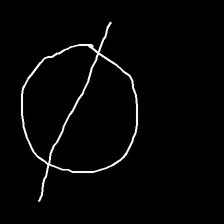
Glyph: orb